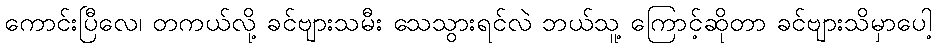
ကောင်းပြီလေ၊ တကယ်လို့ ခင်ဗျားသမီး သေသွားရင်လဲ ဘယ်သူ့ ကြောင့်ဆိုတာ ခင်ဗျားသိမှာပေါ့